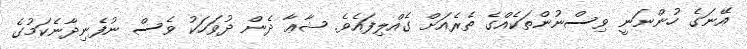
އޭނަގެ ހުންނަނީ ވިސްނުންތަކެއްގެ ތެރެއަށް ގެއްލިފައެވެ. ޝާޢާ ދެން ދުވަހަކު ވެސް ނުފެނިދާނެކަމުގެ